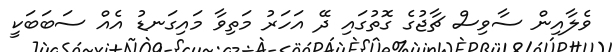
ވެލާއިން ސާވިސް ޗާޖުގެ ގޮތުގައި ދޭ އަހަރު މަތިވާ މައިގަނޑު އެއް ސަބަބަކީ